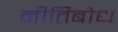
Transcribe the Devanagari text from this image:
नीतिबोध